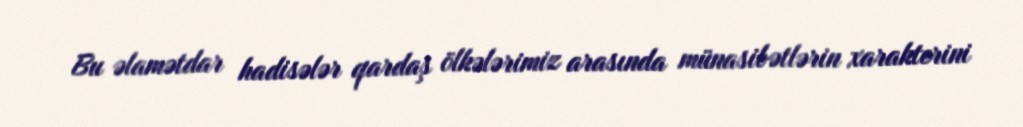
Bu əlamətdar hadisələr qardaş ölkələrimiz arasında münasibətlərin xarakterini